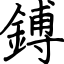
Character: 鎛